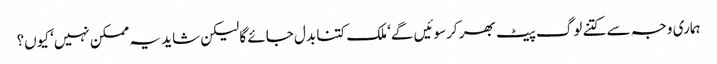
ہماری وجہ سے کتنے لوگ پیٹ بھر کرسوئیں گے‘ ملک کتنا بدل جائے گا لیکن شاید یہ ممکن نہیں‘ کیوں؟